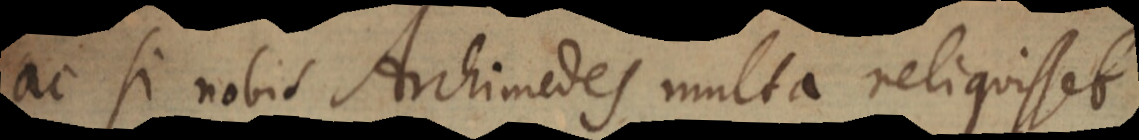
ac si nobis Archimedes multa reliquisset